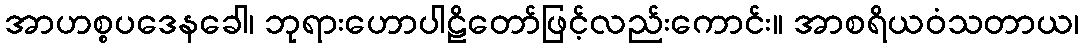
အာဟစ္စပဒေနခေါ၊ ဘုရားဟောပါဠိတော်ဖြင့်လည်းကောင်း။ အာစရိယဝံသတာယ၊